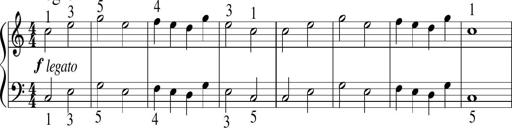
Title: 6 Instructive Sonatinas
Composer: Jacob Schmitt